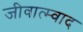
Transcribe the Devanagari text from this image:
जीवात्म्वाद